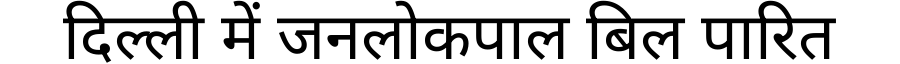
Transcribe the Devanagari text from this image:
दिल्ली में जनलोकपाल बिल पारित